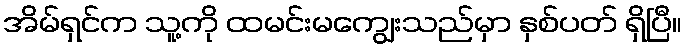
အိမ်ရှင်က သူ့ကို ထမင်းမကျွေးသည်မှာ နှစ်ပတ် ရှိပြီ။